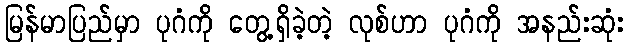
မြန်မာပြည်မှာ ပုဂံကို တွေ့ရှိခဲ့တဲ့ လုစ်ဟာ ပုဂံကို အနည်းဆုံး